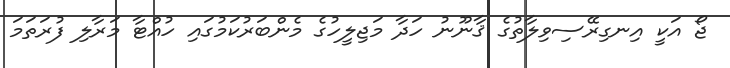
ޖޯ އަކީ އިނގިރޭސިވިލާތުގެ ޤާނޫނު ހަދާ މަޖިލީހުގެ މެންބަރުކަމުގައި ހުއްޓާ މަރާލި ފުރަތަމަ